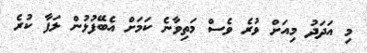
މި އަދަދު މިއަށް ވުރެ ވެސް މަތިވާނެ ކަމަށް އެބޭފުޅުން ލަފާ ކުރެ